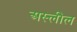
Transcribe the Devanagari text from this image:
अस्लील